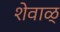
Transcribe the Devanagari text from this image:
शेवाळ्